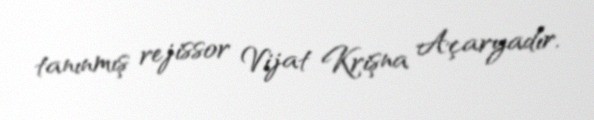
tanınmış rejissor Vijat Krişna Açaryadır.